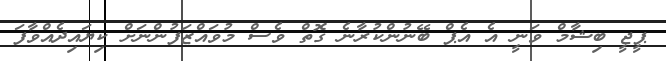
ޕީޖީ ބިޝާމް ވަނީ އެ އެޕް ބޭނުންކުރާނެ ގޮތް ވެސް މުވައްޒަފުންނަށް ކިޔައިދެއްވާފަ